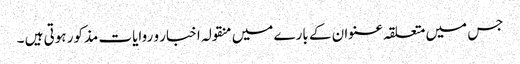
جس میں متعلقہ عنوان کے بارے میں منقولہ اخبار و روایات مذکور ہوتی ہیں ۔